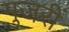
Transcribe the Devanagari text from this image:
गुजरीं